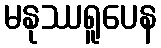
မနုဿရူပေန